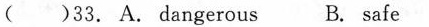
( )33. A.Dangerous B. Safe